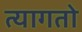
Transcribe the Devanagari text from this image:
त्यागतो